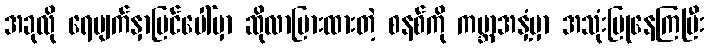
အခုလို ရေမျက်နှာပြင်ပေါ်မှာ ဆိုလာပြားထားတဲ့ စနစ်ကို ကမ္ဘာအနှံ့မှာ အသုံးပြုနေကြပြီး